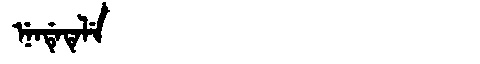
Manchu: ᠨᡝᠨᡩᡝᡨᡝᠯᡝ
Romanization: NENDETELE